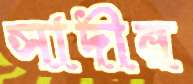
সাদীর